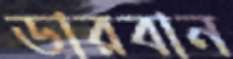
ডারবান